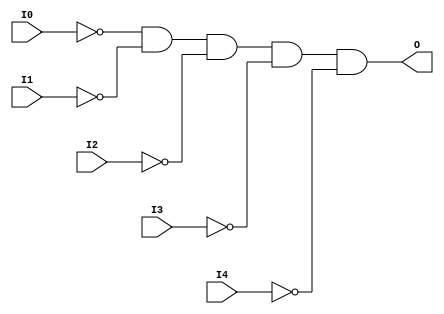
// $Header: /devl/xcs/repo/env/Databases/CAEInterfaces/verunilibs/data/unisims/AND5B5.v,v 1.6 2007/05/23 21:43:33 patrickp Exp $
///////////////////////////////////////////////////////////////////////////////
// Copyright (c) 1995/2004 Xilinx, Inc.
// All Right Reserved.
///////////////////////////////////////////////////////////////////////////////
//   ____  ____
//  /   /\/   /
// /___/  \  /    Vendor : Xilinx
// \   \   \/     Version : 10.1
//  \   \         Description : Xilinx Functional Simulation Library Component
//  /   /                  5-input AND Gate
// /___/   /\     Filename : AND5B5.v
// \   \  /  \    Timestamp : Thu Mar 25 16:42:13 PST 2004
//  \___\/\___\
//
// Revision:
//    03/23/04 - Initial version.
//    05/23/07 - Changed timescale to 1 ps / 1 ps.
//    05/23/07 - Added wire declaration for internal signals.

`timescale  1 ps / 1 ps


module AND5B5 (O, I0, I1, I2, I3, I4);

    output O;

    input  I0, I1, I2, I3, I4;

    wire i0_inv;
    wire i1_inv;
    wire i2_inv;
    wire i3_inv;
    wire i4_inv;

    not N4 (i4_inv, I4);
    not N3 (i3_inv, I3);
    not N2 (i2_inv, I2);
    not N1 (i1_inv, I1);
    not N0 (i0_inv, I0);
    and A1 (O, i0_inv, i1_inv, i2_inv, i3_inv, i4_inv);


endmodule